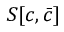
S [ c , { \bar { c } } ]